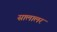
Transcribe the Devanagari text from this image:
सालालर